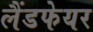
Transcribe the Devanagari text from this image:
लैंडफेयर